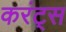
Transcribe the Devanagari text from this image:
करंट्स